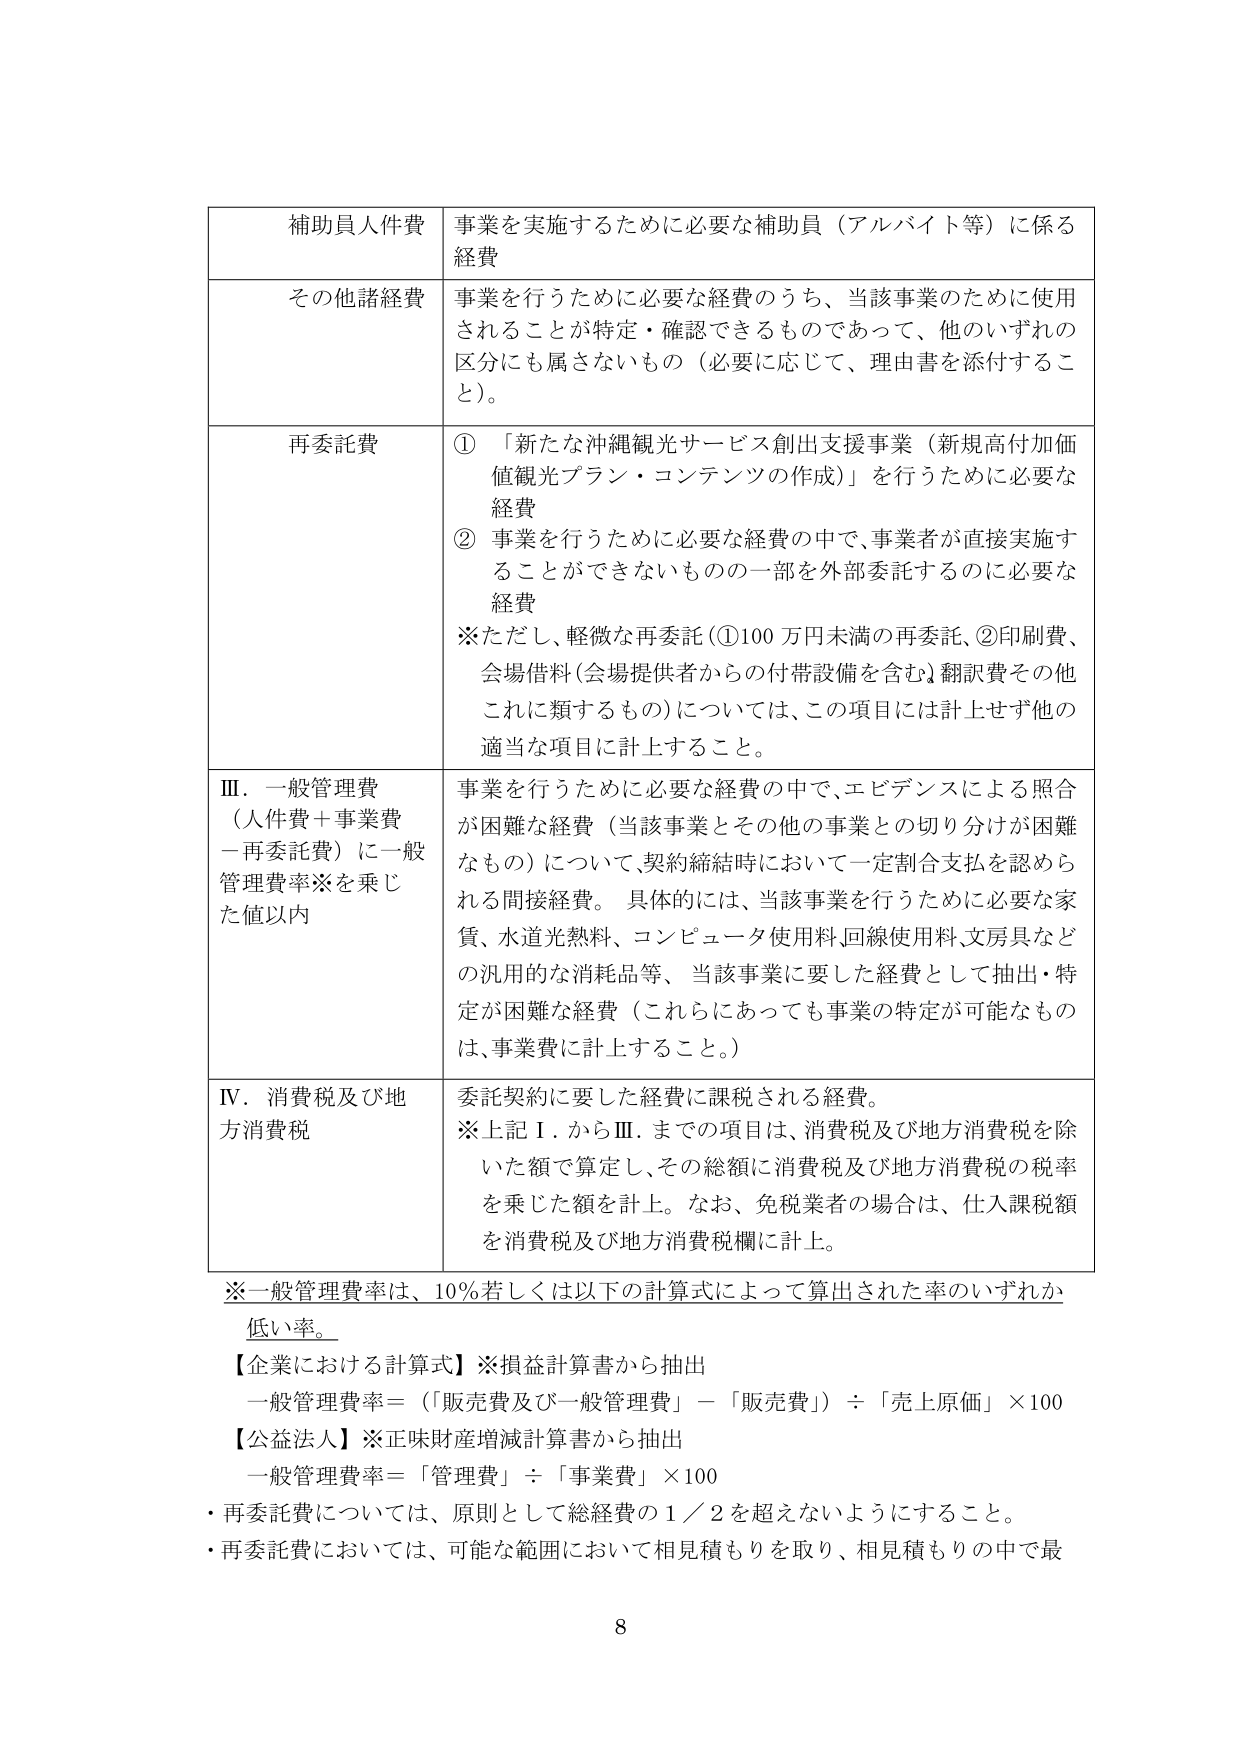
補助員人件費 事業を実施するために必要な補助員（アルバイト等）に係る経費

その他諸経費 事業を行うために必要な経費のうち、当該事業のために使用されることが特定・確認できるものであって、他のいずれの区分にも属さないもの（必要に応じて、理由書を添付すること）。

再委託費 ①「新たな沖縄観光サービス創出支援事業（新規高付加価値観光プラン・コンテンツの作成）」を行うために必要な経費
②事業を行うために必要な経費の中で、事業者が直接実施することができないものの一部を外部委託するのに必要な経費
※ただし、軽微な再委託（①100万円未満の再委託、②印刷費、会場借料（会場提供者からの付帯設備を含む）、翻訳費その他これに類するもの）については、この項目には計上せず他の適当な項目に計上すること。

Ⅲ．一般管理費（人件費＋事業費－再委託費）に一般管理費率※を乗じた値以内 事業を行うために必要な経費の中で、エビデンスによる照合が困難な経費（当該事業とその他の事業との切り分けが困難なもの）について、契約締結時において一定割合支払を認められる間接経費。具体的には、当該事業を行うために必要な家賃、水道光熱料、コンピュータ使用料、回線使用料、文房具などの汎用的な消耗品等、当該事業に要した経費として抽出・特定が困難な経費（これらにあっても事業の特定が可能なもののは、事業費に計上すること。）

Ⅳ．消費税及び地方消費税 委託契約に要した経費に課税される経費。
※上記Ⅰ．からⅢ．までの項目は、消費税及び地方消費税を除いた額で算定し、その総額に消費税及び地方消費税の税率を乗じた額を計上。なお、免税業者の場合は、仕入課税額を消費税及び地方消費税欄に計上。

※一般管理費率は、10％若しくは以下の計算式によって算出された率のいずれか低い率。
【企業における計算式】※損益計算書から抽出
一般管理費率＝（「販売費及び一般管理費」－「販売費」）÷「売上原価」×100
【公益法人】※正味財産増減計算書から抽出
一般管理費率＝「管理費」÷「事業費」×100
・再委託費については、原則として総経費の1／2を超えないようにすること。
・再委託費については、可能な範囲において相見積もりを取り、相見積もりの中で最

8